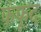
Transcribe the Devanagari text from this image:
फंफूद